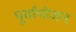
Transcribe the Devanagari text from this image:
पूर्वायोजन